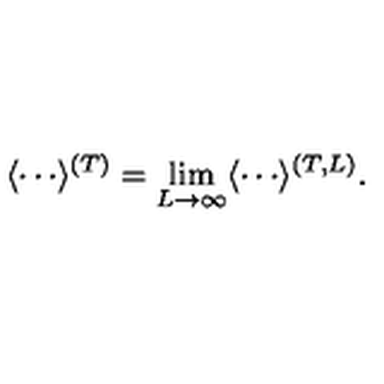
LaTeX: \langle \cdots \rangle ^ { ( T ) } = \lim _ { L \to \infty } \langle \cdots \rangle ^ { ( T , L ) } .